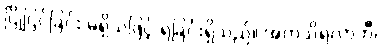
ငြိုငြင်ခြင်း မရှိသဖြင့် ရခြင်းရှိသည်။ အကသိရလာဘီ၊